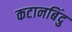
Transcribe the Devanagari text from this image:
कटानबिंदु